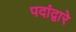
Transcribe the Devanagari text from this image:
पदांद्वारे